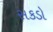
સકડો